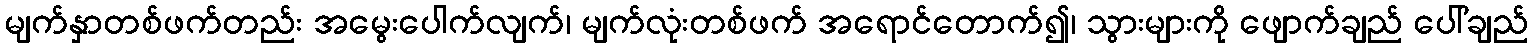
မျက်နှာတစ်ဖက်တည်း အမွေးပေါက်လျက်၊ မျက်လုံးတစ်ဖက် အရောင်တောက်၍၊ သွားများကို ဖျောက်ချည် ပေါ်ချည်